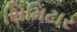
સિમિટાર